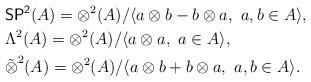
LaTeX: \begin{align*}& {\sf SP^2}(A)=\otimes^2(A)/\langle a\otimes b-b\otimes a,\ a,b\in A\rangle,\\& \Lambda^2(A)=\otimes^2(A)/\langle a\otimes a,\ a\in A\rangle,\\& \tilde\otimes^2(A)=\otimes^2(A)/\langle a\otimes b+b\otimes a,\ a,b\in A\rangle.\end{align*}